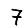
Digit: 7